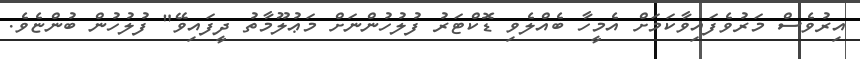
އިރުވެސް މަރުވެފައިވާކަމަށް އެމީހާ ބެއްލެވި ޑޮކްޓަރު ފުލުހުންނަށް މަޢުލޫމާތު ދީފައިވޭ" ފުލުހުން ބުންޏެވެ.